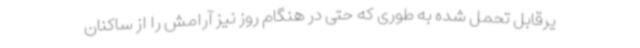
یرقابل تحمل شده به طوری که حتی در هنگام روز نیز آرامش را از ساکنان